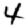
Digit: 4